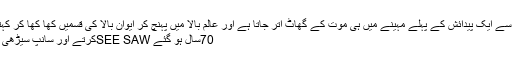
پاکستان میں ہر 22’’شاہینوں‘‘ میں سے ایک پیدائش کے پہلے مہینے میں ہی موت کے گھاٹ اتر جاتا ہے اور عالم بالا میں پہنچ کر ایوان بالا کی قسمیں کھا کھا کر کہتا ہے ’’میاں دے نعرے وجن گے‘‘
70سال ہو گئے SEE SAWکرتے اور سانپ سیڑھی کا بے فیض بے ثمر کھیل کھیلتے۔